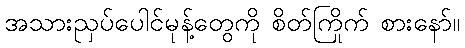
အသားညှပ်ပေါင်မုန့်တွေကို စိတ်ကြိုက် စားနော်။